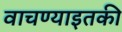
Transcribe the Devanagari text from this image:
वाचण्याइतकी